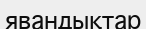
явандықтар